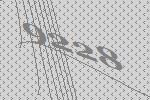
9228